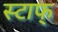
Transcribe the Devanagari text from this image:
स्टाफ्